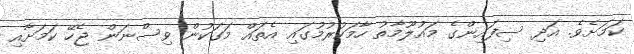
ކަމަށެވެ. އަދި ސިފައިންގެ މައުލޫމާތު ހާމަކުރުމުގައި އެތައް މަގަކުން ވިސްނަން ޖެހޭ ކަމަށާއި